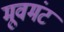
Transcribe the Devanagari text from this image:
मूवमंट